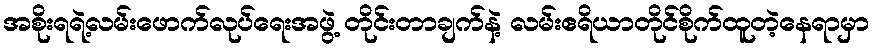
အစိုးရရဲ့လမ်းဖောက်လုပ်ရေးအဖွဲ့ တိုင်းတာချက်နဲ့ လမ်းဧရိယာတိုင်စိုက်ထူတဲ့နေရာမှာ